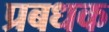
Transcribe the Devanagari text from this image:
प्रबधक